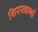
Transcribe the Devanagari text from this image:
शिरस्त्राणों